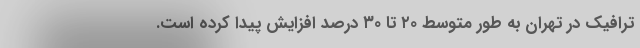
ترافیک در تهران به طور متوسط ۲۰ تا ۳۰ درصد افزایش پیدا کرده است.